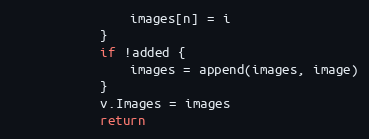
Language: Go
				images[n] = i
			}
			if !added {
				images = append(images, image)
			}
			v.Images = images
			return